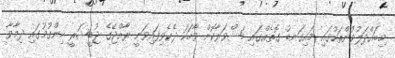
މިބައްދަލުވުންތަކުގައި މައިގަނޑު ގޮތެއްގައި މަޝްވަރާކޮށް ވާހަކަ ދެކެވިފައިވަނީ ރާއްޖޭގެ ޖުޑީޝަރީ ހިންގުމުގައި ދިމާވާ